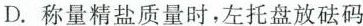
D.称量精盐质量时，左托盘放砝码